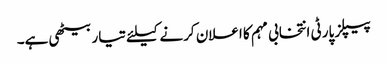
پیپلز پارٹی انتخابی مہم کا اعلان کرنے کیلئے تیار بیٹھی ہے۔